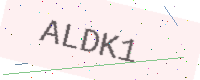
Text: ALDK1